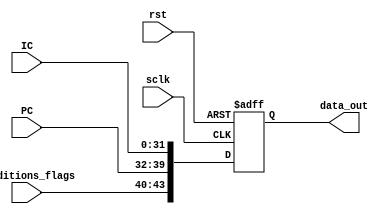
module PipelineReg_IFID(sclk,rst,IC,PC,conditions_flags,data_out);
  input sclk,rst;
  input [31:0]IC;
  input [7:0]PC;
  input [3:0] conditions_flags;
  
  output reg [43:0] data_out;
  
  always @(negedge sclk or posedge rst) begin
    if (rst)
      data_out <= 0;
    else
      data_out <= {conditions_flags,PC,IC};
  end
endmodule